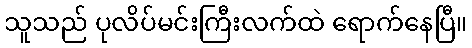
သူသည် ပုလိပ်မင်းကြီးလက်ထဲ ရောက်နေပြီ။